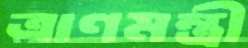
ত্রাণমন্ত্রী